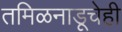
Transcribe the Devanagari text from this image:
तमिळनाडूचेही